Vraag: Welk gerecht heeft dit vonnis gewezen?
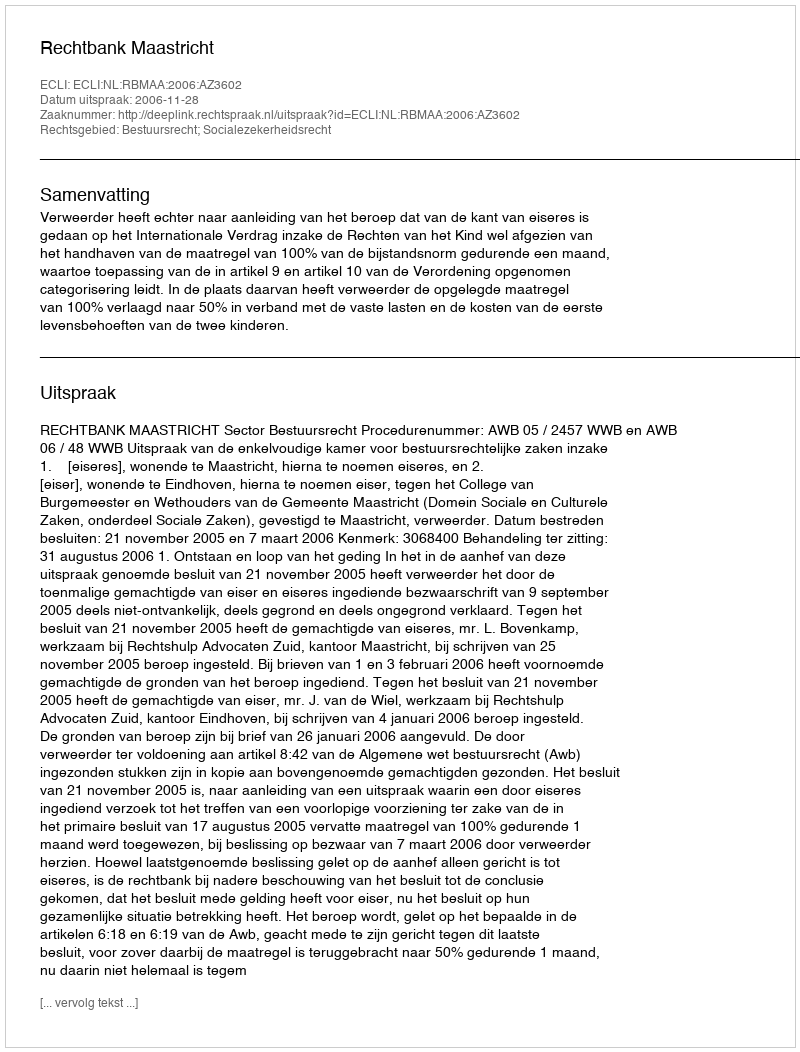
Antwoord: Rechtbank Maastricht